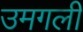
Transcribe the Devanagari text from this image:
उमगली